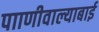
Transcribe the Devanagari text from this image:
पााणीवाल्याबाई